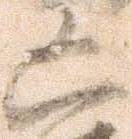
凶